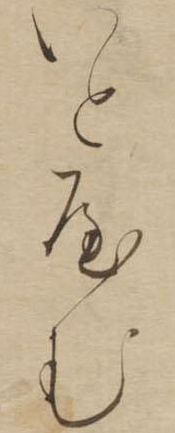
いとやむ